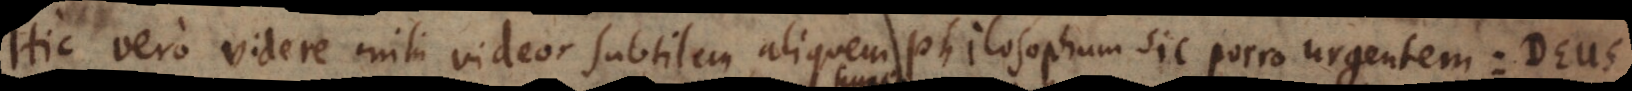
Hic vero videre mihi videor subtilem aliquem philosophum sic porro urgentem: De